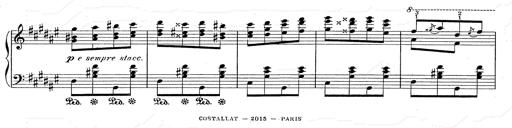
Title: Hungarian Rhapsody No.2
Composer: Franz Liszt
Key: C-sharp minor